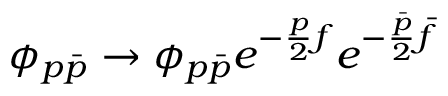
\phi _ { p { \bar { p } } } \rightarrow \phi _ { p { \bar { p } } } e ^ { - \frac { p } { 2 } f } e ^ { - \frac { \bar { p } } { 2 } { \bar { f } } }